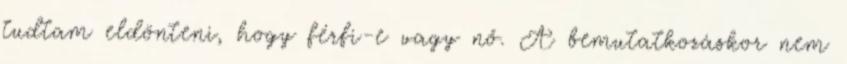
tudtam eldönteni, hogy férfi-e vagy nő. A bemutatkozáskor nem